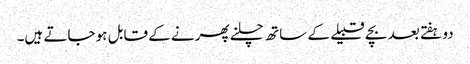
دو ہفتے بعد بچے قبیلے کے ساتھ چلنے پھرنے کے قابل ہو جاتے ہیں۔